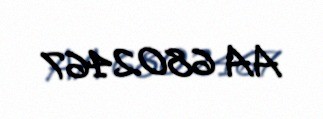
AA 6802467